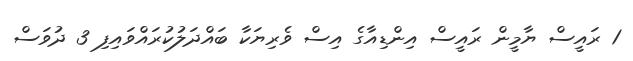
1 ރައީސް ޔާމީން ރައީސް އިންޑިއާގެ އިސް ވެރިޔަކާ ބައްދަލުކުރައްވައިފި 3 ދުވަސް